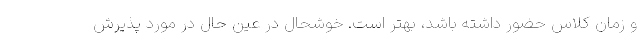
و زمان کلاس حضور داشته باشد، بهتر است. خوشحال در عین حال در مورد پذیرش